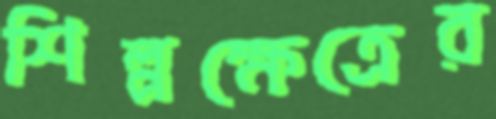
শিল্পক্ষেত্রের